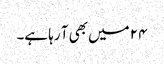
۲۴ میں بھی آ رہا ہے۔